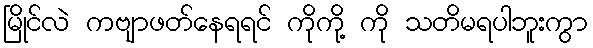
မြိုင်လဲ ကဗျာဖတ်နေရရင် ကိုကို့ ကို သတိမရပါဘူးကွာ